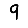
Digit: 9